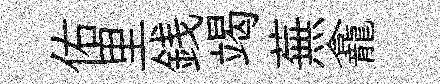
佑里銭竭蕪龕